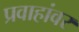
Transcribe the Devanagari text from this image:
प्रवाहांवर